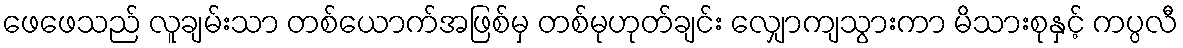
ဖေဖေသည် လူချမ်းသာ တစ်ယောက်အဖြစ်မှ တစ်မုဟုတ်ချင်း လျှောကျသွားကာ မိသားစုနှင့် ကပ္ပလီ